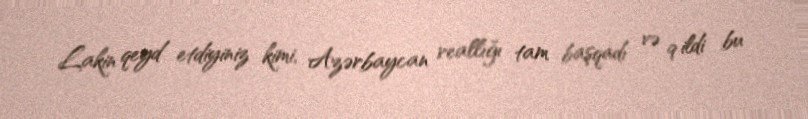
Lakin qeyd etdiyiniz kimi, Azərbaycan reallığı tam başqadı və 9 ildi bu